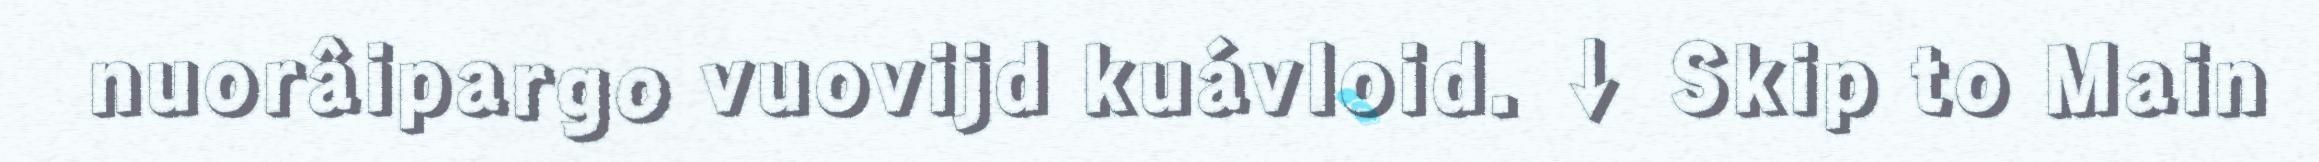
nuorâipargo vuovijd kuávloid. ↓ Skip to Main